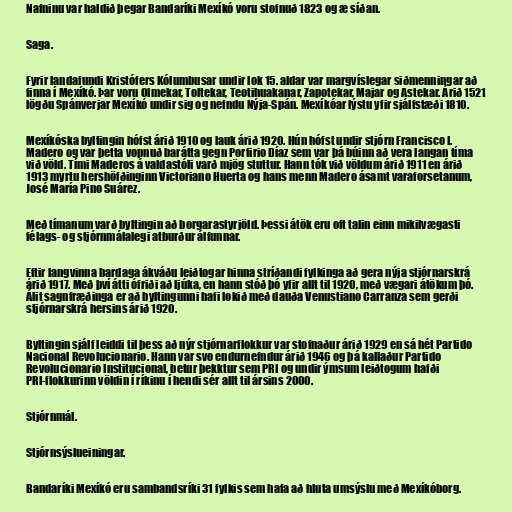
Nafninu var haldið þegar Bandaríki Mexíkó voru stofnuð 1823 og æ síðan.

Saga.

Fyrir landafundi Kristófers Kólumbusar undir lok 15. aldar var margvíslegar siðmenningar að
finna í Mexíkó. Þar voru Olmekar, Toltekar, Teotihuakanar, Zapotekar, Majar og Astekar. Árið 1521
lögðu Spánverjar Mexíkó undir sig og nefndu Nýja-Spán. Mexíkóar lýstu yfir sjálfstæði 1810.

Mexíkóska byltingin hófst árið 1910 og lauk árið 1920. Hún hófst undir stjórn Francisco I.
Madero og var þetta vopnuð barátta gegn Porfirio Díaz sem var þá búinn að vera langan tíma
við völd. Tími Maderos á valdastóli varð mjög stuttur. Hann tók við völdum árið 1911 en árið
1913 myrtu hershöfðinginn Victoriano Huerta og hans menn Madero ásamt varaforsetanum,
José María Pino Suárez.

Með tímanum varð byltingin að borgarastyrjöld. Þessi átök eru oft talin einn mikilvægasti
félags- og stjórnmálalegi atburður álfunnar.

Eftir langvinna bardaga ákváðu leiðtogar hinna stríðandi fylkinga að gera nýja stjórnarskrá
árið 1917. Með því átti ófriði að ljúka, en hann stóð þó yfir allt til 1920, með vægari átökum þó.
Álit sagnfræðinga er að byltingunni hafi lokið með dauða Venustiano Carranza sem gerði
stjórnarskrá hersins árið 1920.

Byltingin sjálf leiddi til þess að nýr stjórnarflokkur var stofnaður árið 1929 en sá hét Partido
Nacional Revolucionario. Hann var svo endurnefndur árið 1946 og þá kallaður Partido
Revolucionario Institucional, betur þekktur sem PRI og undir ýmsum leiðtogum hafði
PRI-flokkurinn völdin í ríkinu í hendi sér allt til ársins 2000.

Stjórnmál.

Stjórnsýslueiningar.

Bandaríki Mexíkó eru sambandsríki 31 fylkis sem hafa að hluta umsýslu með Mexíkóborg.